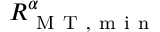
R _ { \mathrm { ~ M ~ T ~ , ~ m ~ i ~ n ~ } } ^ { \alpha }